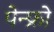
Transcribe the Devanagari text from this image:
पेन्फ्रो